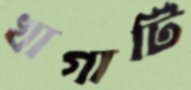
খাগাটি